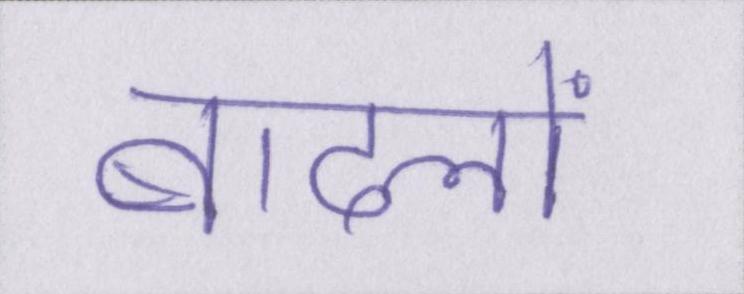
बादलों